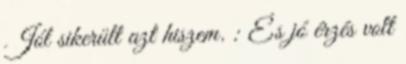
Jól sikerült azt hiszem. : És jó érzés volt